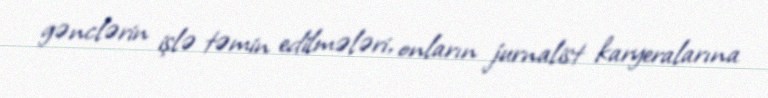
gənclərin işlə təmin edilmələri, onların jurnalist karyeralarına